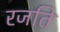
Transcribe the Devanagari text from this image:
रजति